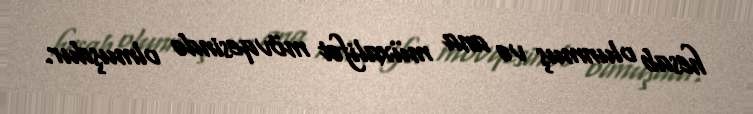
hesab olunmuş və ana müxalifət mövqesində olmuşdur.